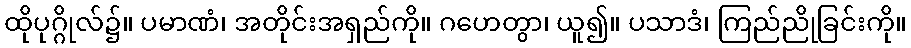
ထိုပုဂ္ဂိုလ်၌။ ပမာဏံ၊ အတိုင်းအရှည်ကို။ ဂဟေတွာ၊ ယူ၍။ ပသာဒံ၊ ကြည်ညိုခြင်းကို။